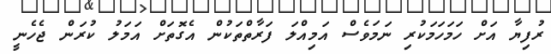
ރުފިޔާ އަށް ހަމަހަމަކުރި ނަމަވެސް އަމިއްލަ ފަރާތްތަކުން އެގޮތަށް އަމަލު ކުރަން ޖެހެނީ